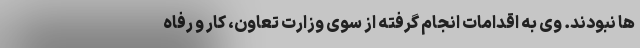
ها نبودند. وی به اقدامات انجام گرفته از سوی وزارت تعاون، کار و رفاه